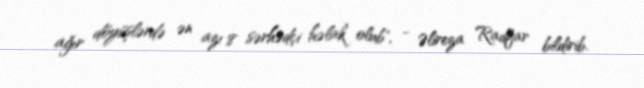
ağır döyüşlərdə ən azı 8 sərhədçi həlak olub", - Əlireza Radfar bildirib.